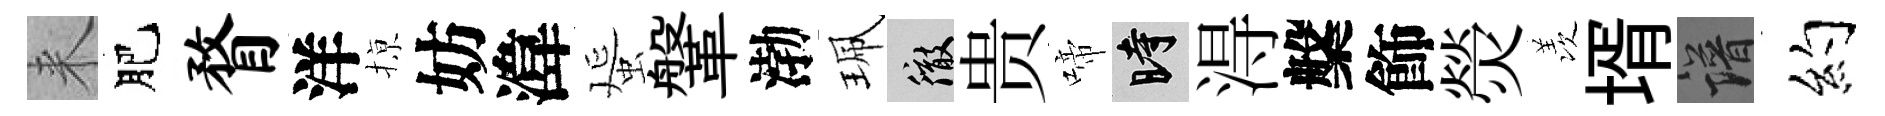
来肥瞀洋𢱊妨湋蜑鞶渤珮徹贵啼时淂槃飾熒羡壻譜约